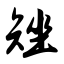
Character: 矬